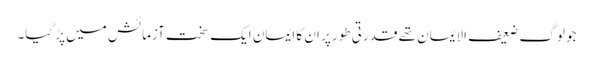
جو لوگ ضعیف الایمان تھے قدرتی طور پر ان کا ایمان ایک سخت آزمائش میں پڑ گیا۔